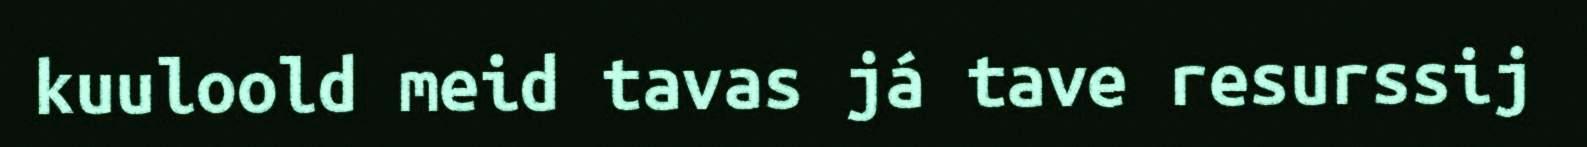
kuuloold meid tavas já tave resurssij